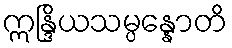
ဣန္ဒြိယသမ္ပန္နောတိ